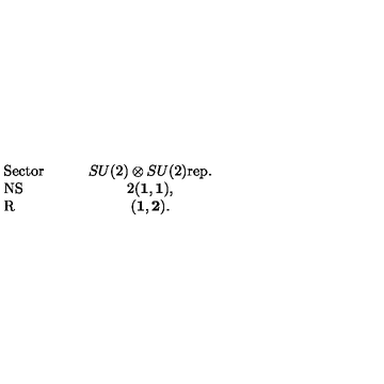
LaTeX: \begin{array} { l c } { { \mathrm { S e c t o r } } \quad \quad } & { S U ( 2 ) \otimes S U ( 2 ) { \mathrm { r e p . } } } \\ { { \mathrm { N S } } } & { 2 ( { \bf 1 } , { \bf 1 } ) , } \\ { { \mathrm { R } } } & { ( { \bf 1 } , { \bf 2 } ) . } \\ \end{array}